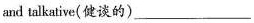
and talkative(健谈的)_________